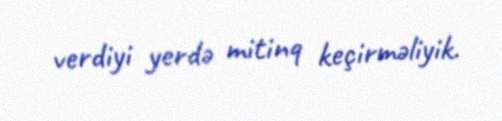
verdiyi yerdə mitinq keçirməliyik.